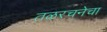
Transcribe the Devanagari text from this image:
तळरचनेचा